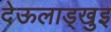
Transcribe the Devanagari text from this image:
देऊलाड्खुइ